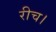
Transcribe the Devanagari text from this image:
रीच।